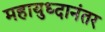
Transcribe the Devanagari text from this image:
महायुध्दानंतर